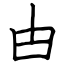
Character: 甴